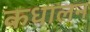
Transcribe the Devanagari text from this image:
कधालन